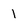
Character: 1